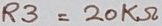
Text: R3=20KΩ